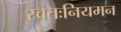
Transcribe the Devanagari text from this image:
स्वतःनियमन